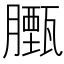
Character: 𮍃